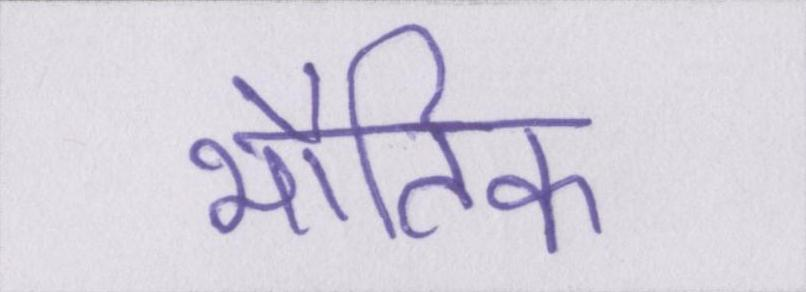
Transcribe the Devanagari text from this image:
भौतिक